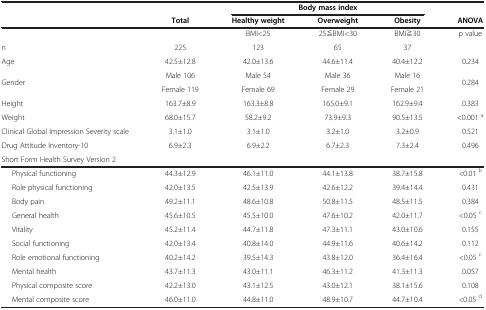
<table><thead><tr><td><b> </b></td><td><b> </b></td><td colspan="3"><b>Body mass index</b></td><td><b> </b></td></tr><tr><td><b> </b></td><td><b>Total</b></td><td><b>Healthy weight</b></td><td><b>Overweight</b></td><td><b>Obesity</b></td><td><b>ANOVA</b></td></tr></thead><tbody><tr><td> </td><td> </td><td>BMI&lt;25</td><td>25≦BMI&lt;30</td><td>BMI≧30</td><td>p value</td></tr><tr><td>n</td><td>225</td><td>123</td><td>65</td><td>37</td><td> </td></tr><tr><td>Age</td><td>42.5±12.8</td><td>42.0±13.6</td><td>44.6±11.4</td><td>40.4±12.2</td><td>0.234</td></tr><tr><td rowspan="2">Gender</td><td>Male 106</td><td>Male 54</td><td>Male 36</td><td>Male 16</td><td rowspan="2">0.284</td></tr><tr><td>Female 119</td><td>Female 69</td><td>Female 29</td><td>Female 21</td></tr><tr><td>Height</td><td>163.7±8.9</td><td>163.3±8.8</td><td>165.0±9.1</td><td>162.9±9.4</td><td>0.383</td></tr><tr><td>Weight</td><td>68.0±15.7</td><td>58.2±9.2</td><td>73.9±9.3</td><td>90.5±13.5</td><td>&lt;0.001 <sup>a</sup></td></tr><tr><td>Clinical Global Impression Severity scale</td><td>3.1±1.0</td><td>3.1±1.0</td><td>3.2±1.0</td><td>3.2±0.9</td><td>0.521</td></tr><tr><td>Drug Attitude Inventory-10</td><td>6.9±2.3</td><td>6.9±2.2</td><td>6.7±2.3</td><td>7.3±2.4</td><td>0.496</td></tr><tr><td>Short Form Health Survey Version 2</td><td> </td><td> </td><td> </td><td> </td><td> </td></tr><tr><td>Physical functioning</td><td>44.3±12.9</td><td>46.1±11.0</td><td>44.1±13.8</td><td>38.7±15.8</td><td>&lt;0.01 <sup>b</sup></td></tr><tr><td>Role physical functioning</td><td>42.0±13.5</td><td>42.5±13.9</td><td>42.6±12.2</td><td>39.4±14.4</td><td>0.431</td></tr><tr><td>Body pain</td><td>49.2±11.1</td><td>48.6±10.8</td><td>50.8±11.5</td><td>48.5±11.5</td><td>0.384</td></tr><tr><td>General health</td><td>45.6±10.5</td><td>45.5±10.0</td><td>47.6±10.2</td><td>42.0±11.7</td><td>&lt;0.05 <sup>c</sup></td></tr><tr><td>Vitality</td><td>45.2±11.4</td><td>44.7±11.8</td><td>47.3±11.1</td><td>43.0±10.6</td><td>0.155</td></tr><tr><td>Social functioning</td><td>42.0±13.4</td><td>40.8±14.0</td><td>44.9±11.6</td><td>40.6±14.2</td><td>0.112</td></tr><tr><td>Role emotional functioning</td><td>40.2±14.2</td><td>39.5±14.3</td><td>43.8±12.0</td><td>36.4±16.4</td><td>&lt;0.05 <sup>c</sup></td></tr><tr><td>Mental health</td><td>43.7±11.3</td><td>43.0±11.1</td><td>46.3±11.2</td><td>41.3±11.3</td><td>0.057</td></tr><tr><td>Physical composite score</td><td>42.2±13.0</td><td>43.1±12.5</td><td>43.0±12.1</td><td>38.1±15.6</td><td>0.108</td></tr><tr><td>Mental composite score</td><td>46.0±11.0</td><td>44.8±11.0</td><td>48.9±10.7</td><td>44.7±10.4</td><td>&lt;0.05 <sup>d</sup></td></tr></tbody></table>